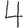
Digit: 4